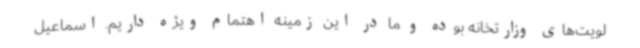
لویت‌های وزارتخانه بوده و ما در این زمینه اهتمام ویژه داریم. اسماعیل